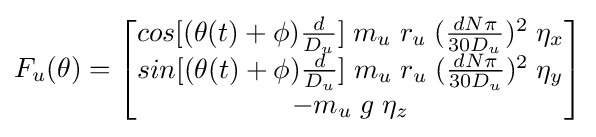
F_{u}(\theta )={\begin{bmatrix}{cos[(\theta (t)+\phi ){\frac {d}{D_{u}}}]}\;m_{u}\;r_{u}\;({\frac {dN\pi }{30D_{u}}})^{2}\;\eta _{x}\\{sin[(\theta (t)+\phi ){\frac {d}{D_{u}}}]}\;m_{u}\;r_{u}\;({\frac {dN\pi }{30D_{u}}})^{2}\;\eta _{y}\\-m_{u}\;g\;\eta _{z}\end{bmatrix}}